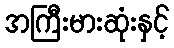
အကြီးမားဆုံးနှင့်